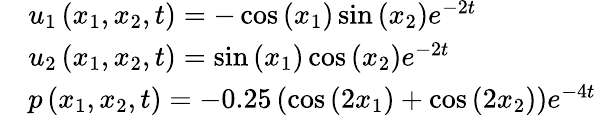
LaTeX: \begin{array}{rl}&{u_{1}\left(x_{1},x_{2},t\right)=-\cos\left(x_{1}\right)\sin\left(x_{2}\right){{e}^{-2t}}}\\ &{u_{2}\left(x_{1},x_{2},t\right)=\sin\left(x_{1}\right)\cos\left(x_{2}\right){{e}^{-2t}}}\\ &{p\left(x_{1},x_{2},t\right)=-0.25\left(\cos\left(2x_{1}\right)+\cos\left(2x_{2}\right)\right){{e}^{-4t}}}\end{array}